Vaccination Hyderabad 1890-1903 - 1890-1903
Year: 1890
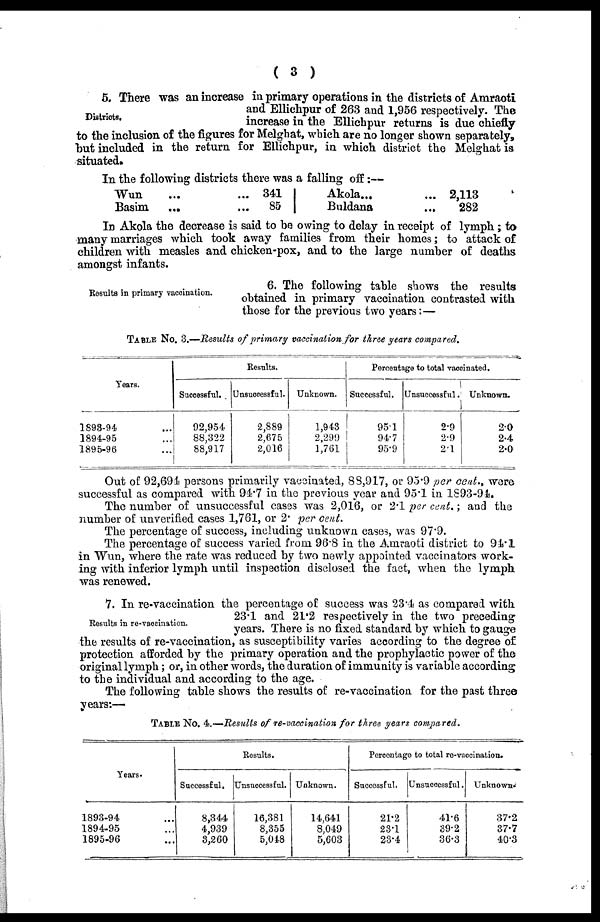
( 3 )
Districts.
5. There was an increase in primary operations in the districts of Amraoti
and Ellichpur of 263 and 1,956 respectively. The
increase in the Ellichpur returns is due chiefly
to the inclusion of the figures for Melghat, which are no longer shown separately,
but included in the return for Ellichpur, in which district the Melghat is
situated.
In the following districts there was a falling off:—
Wun
... ...
Basim ... ...
341
85
Akola... ...
Buldana ...
2,113
282
In Akola the decrease is said to be owing to delay in receipt of lymph; to
many marriages which took away families from their homes; to attack of
children with measles and chicken-pox, and to the large number of deaths
amongst infants.
Results in primary vaccination.
6. The following table shows the results
obtained in primary vaccination contrasted with
those for the previous two years:—
TABLE No. 3.—Results of primary vaccination for three years compared.
Years.
1893-94 ...
1894,-95 ...
1895-96 ...
Results.
Successful.
92,954
88,322
88,917
Unsuccessful.
2,889
2,675
2,016
Unknown.
1,943
2,299
1,761
Percentage to total vaccinated.
Successful.
95.1
94.7
95.9
Unsuccessful.
2.9
2.9
2.1
Unknown.
2.0
2.4
2.0
Out of 92,694 persons primarily vaccinated, 88,917, or 95.9 per cent., were
successful as compared with 94.7 in the previous year and 95.1 in 1893-94.
The number of unsuccessful cases was 2,016, or 2.1 per cent.; and the
number of unverified cases 1,761, or 2. per cent.
The percentage of success, including unknown cases, was 97.9.
The percentage of success varied from 96.8 in the Amraoti district to 94.1
in Wun, where the rate was reduced by two newly appointed vaccinators work-
ing with inferior lymph until inspection disclosed the fact, when the lymph
was renewed.
Results in re-vaccination.
7. In re-vaccination the percentage of success was 23.4 as compared with
23.1 and 21.2 respectively in the two preceding
years. There is no fixed standard by which to gauge
the results of re-vaccination, as susceptibility varies according to the degree of
protection afforded by the primary operation and the prophylactic power of the
original lymph; or, in other words, the duration of immunity is variable according
to the individual and according to the age.
The following table shows the results of re-vaccination for the past three
years:—
TABLE No. 4.—Results of re-vaccination for three years compared.
Years.
1893-94 ...
1894-95 ...
1895-96 ...
Results.
Successful.
8,344
4,939
3,260
Unsuccessful.
16,381
8,355
5,048
Unknown.
14,641
8,049
5,603
Percentage to total re-vaccination.
Successful.
21.2
23.1
23.4
Unsuccessful.
41.6
39.2
36.3
Unknown.
37.2
37.7
40.3